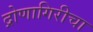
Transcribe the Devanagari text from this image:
द्रोणागिरीचा